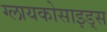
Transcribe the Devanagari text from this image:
ग्लायकोसाइड्‌स